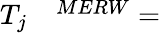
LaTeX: \begin{array}{rl}{T_{j}}&{{}^{MERW}=}\end{array}